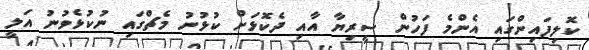
ކޮލިފައިންގައި އެންމެ ފަހުން ސީރިޔާ އާއި ދެކޮޅަށް ކުޅުނު މެޗްގައި ނުކުޅެވުނު އަލީ